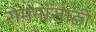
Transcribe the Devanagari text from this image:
रोमनांसाठी